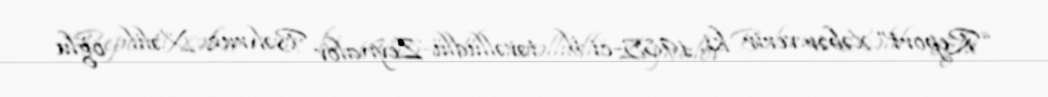
“Report” xəbər verir ki, 1985-ci il təvəllüdlü Zeynalov Bəhruz Xəlil oğlu